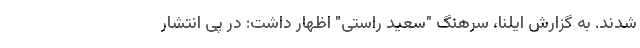
شدند. به گزارش ایلنا، سرهنگ "سعید راستی" اظهار داشت: در پی انتشار